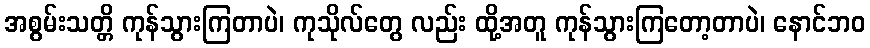
အစွမ်းသတ္တိ ကုန်သွားကြတာပဲ၊ ကုသိုလ်တွေ လည်း ထို့အတူ ကုန်သွားကြတော့တာပဲ၊ နောင်ဘဝ